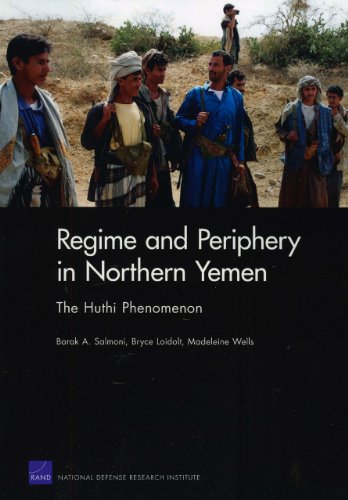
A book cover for Regime and Periphery in Northern Yemen: The Huthi Phenomenon; Barak A. Salmoni; History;